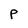
Character: P